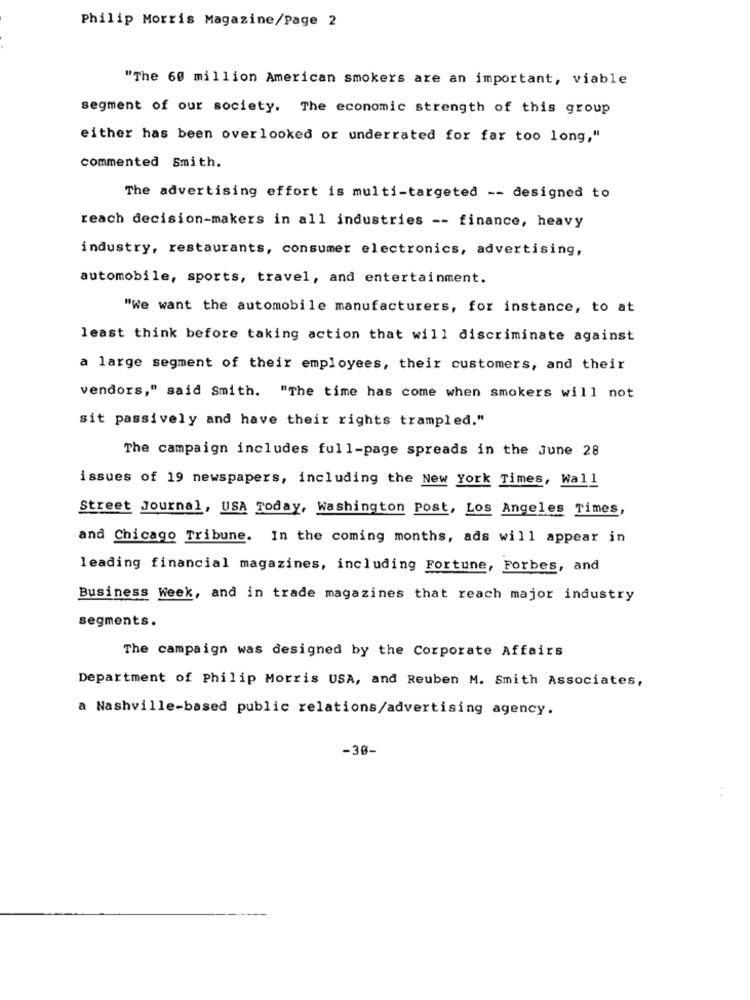
Philip Morris Magazine/Page 2
"The 60 million American smokers are an important, viable
segment of our society. The economic strength of this group
either has been overlooked or underrated for far too long,"
commented Smith.
The advertising effort is multi-targeted -- designed to
reach decision-makers in all industries -- finance, heavy
industry, restaurants, consumer electronics, advertising,
automobile, sports, travel, and entertainment.
"We want the automobile manufacturers, for instance, to at
least think before taking action that will discriminate against
a large segment of their employees, their customers, and their
vendors," said Smith. "The time has come when smokers will not
sit passively and have their rights trampled."
The campaign includes full-page spreads in the June 28
issues of 19 newspapers, including the New York Times, Wall
Street Journal, USA Today, Washington Post, Los Angeles Times,
and Chicago Tribune. In the coming months, ads will appear in
leading financial magazines, including Fortune, Forbes, and
Business Week, and in trade magazines that reach major industry
segments.
The campaign was designed by the Corporate Affairs
Department of Philip Morris USA, and Reuben M. Smith Associates,
a Nashville-based public relations/advertising agency.
-30-